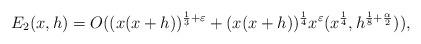
LaTeX: \begin{align*} E_2(x,h) = O((x(x+h))^{\frac{1}{3}+\varepsilon} +(x(x+h))^{\frac{1}{4}} x^{\varepsilon} (x^{\frac{1}{4}}, h^{\frac{1}{8}+\frac{\alpha}{2}})),\end{align*}